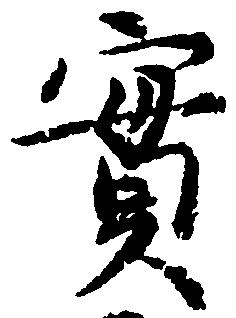
実